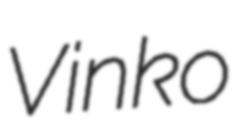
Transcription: Vinko